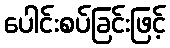
ပေါင်းစပ်ခြင်းဖြင့်